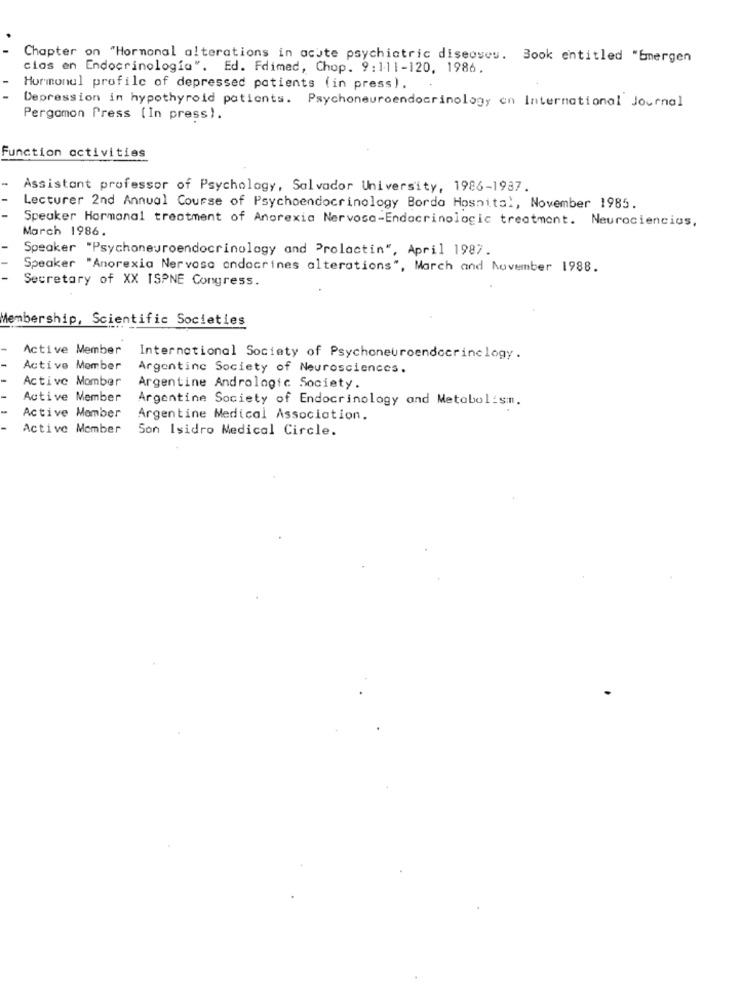
Chapter on "Hormonal alterations in acute psychiatric diseases. Book entitled "Emergen
cios en Endocrinologia". Ed. Fdimed, Chop. 9:111-120, 1986.
Hormonal profile of depressed patients (in press).
Depression in hypothyroid patients. Psychoneuroendocrinology en International Journal
Pergamon Press (In press).
Function activities
-
Assistant professor of Psychology, Salvador University, 1986-1937.
Lecturer 2nd Annual Course of Psychoendocrinology Borda Hospital, November 1985.
Speaker Hormonal treatment of Anorexia Nervosa-Endocrinologic treatment. Neurociencias,
March 1986.
Speaker "Psychoneuroendocrinology and Prolactin", April 1987.
Speaker "Anorexia Nervosa endocrines alterations", March and November 1988.
Secretary of XX ISPNE Congress.
Membership, Scientific Societies
Active Member
International Society of Psychoneuroendocrinelogy.
Active Member
Argentinc Society of Neurosciences.
Active Momber
Argentine Andrologic Society.
Active Member
Argentine Society of Endocrinology and Metabolism.
Active Member
Argentine Medical Association.
Active Member
Son Isidro Medical Circle.